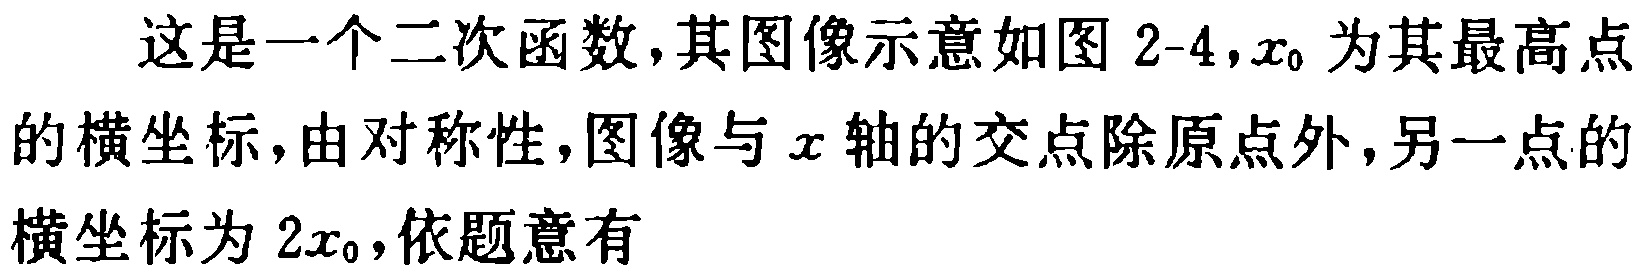
这是一个二次函数,其图像示意如图 2-4,$x_{0}$为其最高点的横坐标,由对称性,图像与\(x\)轴的交点除原点外,另一点的横坐标为\(2x_{0}\),依题意有